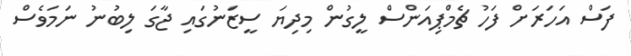
ފަސް އަހަރަށް ފަހު ޗެމްޕިއަންސް ލީގުން މިދިޔަ ސީޒަނުގައި ޖާގަ ލިބުނު ނަމަވެސް